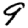
Digit: 9